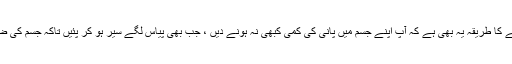
جلد کو تادیر جوان رکھنے کا طریقہ یہ بھی ہے کہ آپ اپنے جسم میں پانی کی کمی کبھی نہ ہونے دیں ، جب بھی پیاس لگے سیر ہو کر پئیں تاکہ جسم کی ضرورت پوری ہو سکے ۔